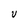
Character: V